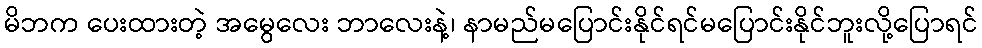
မိဘက ပေးထားတဲ့ အမွေလေး ဘာလေးနဲ့၊ နာမည်မပြောင်းနိုင်ရင်မပြောင်းနိုင်ဘူးလို့ပြောရင်